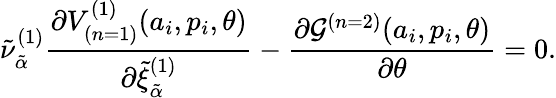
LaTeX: {\tilde{\nu}}_{\tilde{\alpha}}^{(1)}\frac{\partial V_{(n=1)}^{(1)}(a_{i},p_{i},\theta)}{\partial{\tilde{\xi}}_{\tilde{\alpha}}^{(1)}}-\frac{\partial{\cal G}^{(n=2)}(a_{i},p_{i},\theta)}{\partial\theta}=0.